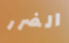
الضرر